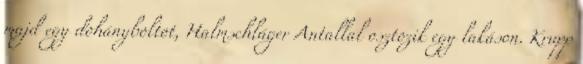
majd egy dohányboltot, Halmschláger Antallal osztozik egy lakáson. Krupp